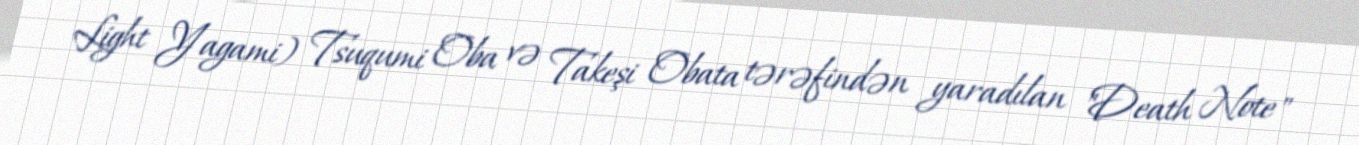
Light Yagami) Tsuqumi Oba və Takeşi Obata tərəfindən yaradılan "Death Note"